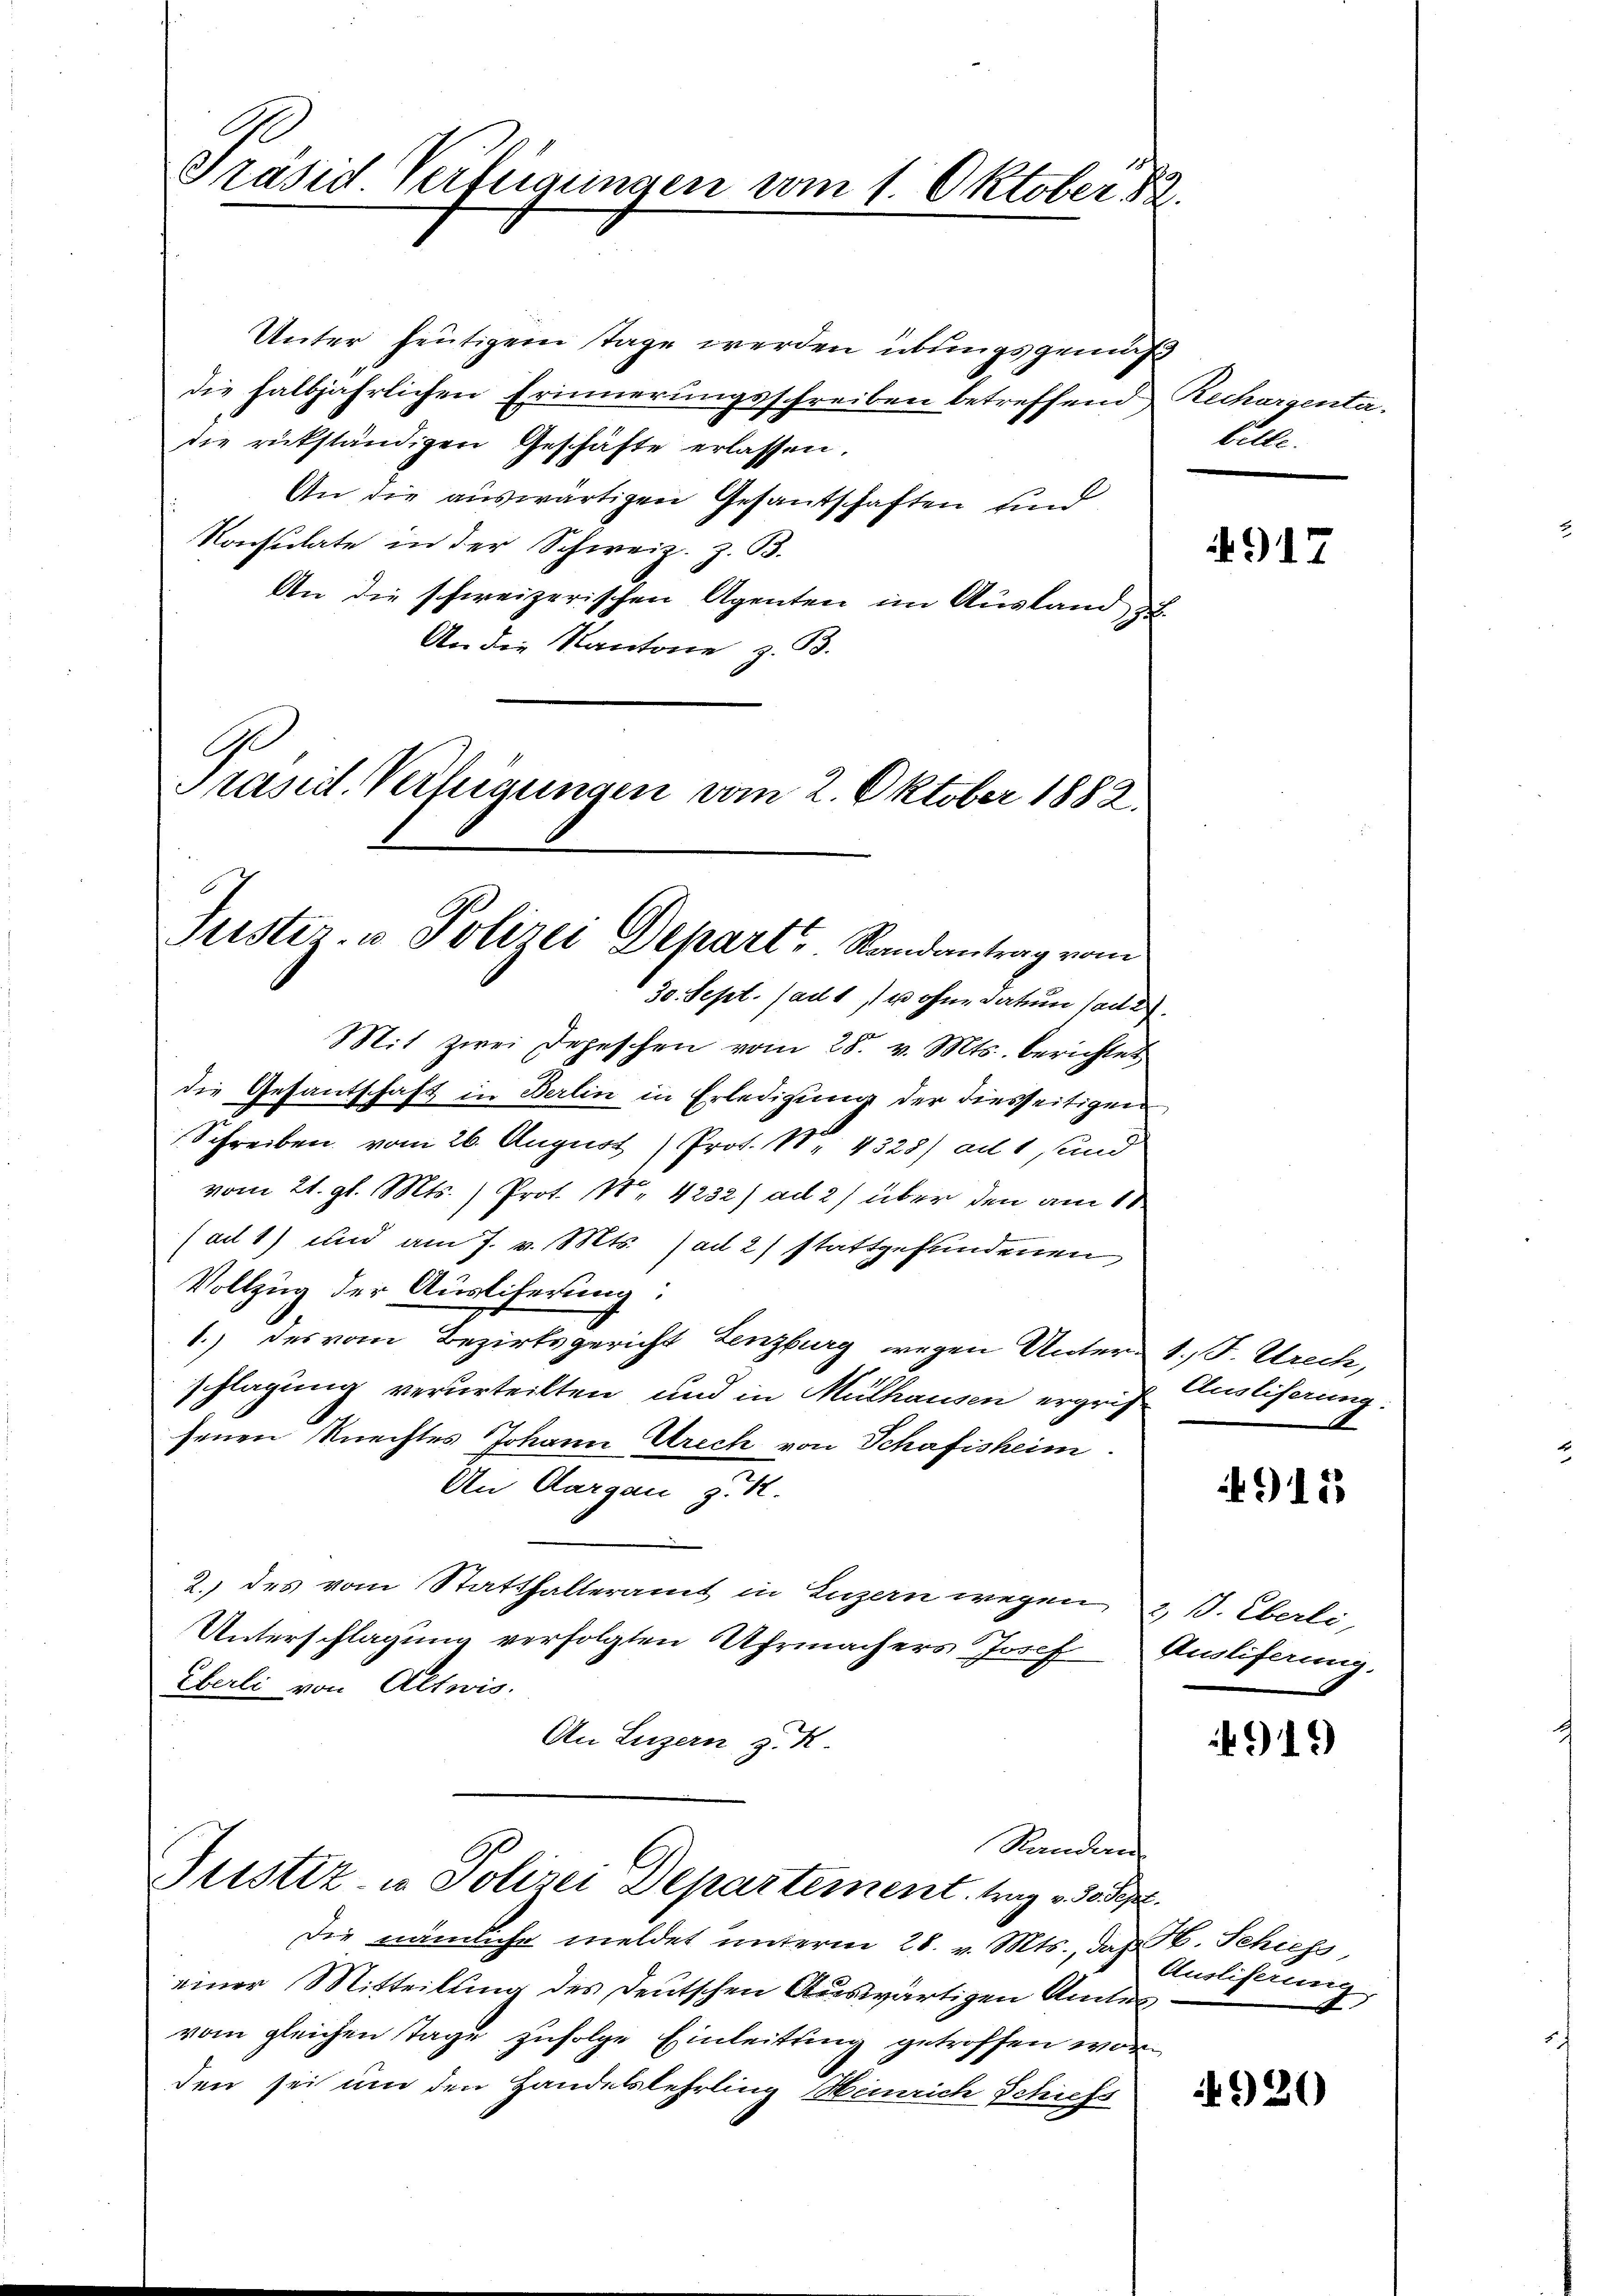
Präsid Verfügungen vom 1. Oktober 189

Justiz- u Polizei Depart. Randantrag vom
30. Sept. (ad 1, u ohne Datum soda

Unter heutigem Tage werden übungsgemäß
die halbjährlichen Erinnerungsschreiben betreffend Rechargentadie rükständigen Geschäfte erlassen.
An die auswärtigen Gesantschaften sind
Konsulate in der Schweiz. Z. B.
An die schweizerischen Agenten im Ausland,
An die Kantone z. B.
G
Präsid. Verfügungen vom 2. Oktober 1882.

Mit zwei Depeschen vom 28. v. Mts. berichtet
die Gesantschaft in Berlin in Erledigung der diesseitigen
Schreiben vom 26. August Prot. N. 4328) ad 1, und
vom 21. gl. Mts. ) Prot. Nr. 4232) ad 2) über den am 11
(ad 1) und am 7. v. Mts. ad 2) stattgefundenen
Vollzug der Ausliferung:
1.) des vom Bezirksgericht Lenzburg wegen Unter 1. F. Utrech,
schlagung verurteilten und in Mülhausen ergrif
senen Knechtes Johann rech von Schafisheim
An Aargau z. K.
2.) des vom Statthalteramt in Luzern wegen, z. B. Eberli¬
Unterschlagung verfolgten Uhrmachers Josef
Eberli von Altwis.
An Luzern z. K
Randen
Justiz- & Polizei Departement, trag oder
Die nämliche meldet unterm 28. v. Mts., daß H. Schiess
einer Mitteilung des Deutschen Auswärtigen Amtes
vom gleichen Tage zufolge Einleitung getroffen worden sei und den Handelslehrling Heinrich Schiefs

bille.

4917

Ausliferung:
.

915

Ausliferung.

919

Ausliferung
A

920